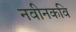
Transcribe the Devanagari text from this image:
नवीनकवि